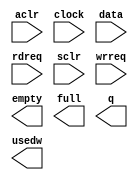
// This program was cloned from: https://github.com/sep-81/Digital-Logic-Design-Lab-Experiments
// License: MIT License

// megafunction wizard: %FIFO%VBB%
// GENERATION: STANDARD
// VERSION: WM1.0
// MODULE: scfifo 

// ============================================================
// Megafunction Name(s):
// 			scfifo
//
// Simulation Library Files(s):
// 			altera_mf
// ============================================================
// ************************************************************
// THIS IS A WIZARD-GENERATED FILE. DO NOT EDIT THIS FILE!
//
// 12.1 Build 177 11/07/2012 SJ Web Edition
// ************************************************************

//Copyright (C) 1991-2012 Altera Corporation
//Your use of Altera Corporation's design tools, logic functions 
//and other software and tools, and its AMPP partner logic 
//functions, and any output files from any of the foregoing 
//(including device programming or simulation files), and any 
//associated documentation or information are expressly subject 
//to the terms and conditions of the Altera Program License 
//Subscription Agreement, Altera MegaCore Function License 
//Agreement, or other applicable license agreement, including, 
//without limitation, that your use is for the sole purpose of 
//programming logic devices manufactured by Altera and sold by 
//Altera or its authorized distributors.  Please refer to the 
//applicable agreement for further details.

module fifoOut (
	aclr,
	clock,
	data,
	rdreq,
	sclr,
	wrreq,
	empty,
	full,
	q,
	usedw);

	input	  aclr;
	input	  clock;
	input	[17:0]  data;
	input	  rdreq;
	input	  sclr;
	input	  wrreq;
	output	  empty;
	output	  full;
	output	[17:0]  q;
	output	[3:0]  usedw;

endmodule

// ============================================================
// CNX file retrieval info
// ============================================================
// Retrieval info: PRIVATE: AlmostEmpty NUMERIC "0"
// Retrieval info: PRIVATE: AlmostEmptyThr NUMERIC "-1"
// Retrieval info: PRIVATE: AlmostFull NUMERIC "0"
// Retrieval info: PRIVATE: AlmostFullThr NUMERIC "-1"
// Retrieval info: PRIVATE: CLOCKS_ARE_SYNCHRONIZED NUMERIC "0"
// Retrieval info: PRIVATE: Clock NUMERIC "0"
// Retrieval info: PRIVATE: Depth NUMERIC "16"
// Retrieval info: PRIVATE: Empty NUMERIC "1"
// Retrieval info: PRIVATE: Full NUMERIC "1"
// Retrieval info: PRIVATE: INTENDED_DEVICE_FAMILY STRING "Cyclone II"
// Retrieval info: PRIVATE: LE_BasedFIFO NUMERIC "0"
// Retrieval info: PRIVATE: LegacyRREQ NUMERIC "1"
// Retrieval info: PRIVATE: MAX_DEPTH_BY_9 NUMERIC "0"
// Retrieval info: PRIVATE: OVERFLOW_CHECKING NUMERIC "0"
// Retrieval info: PRIVATE: Optimize NUMERIC "0"
// Retrieval info: PRIVATE: RAM_BLOCK_TYPE NUMERIC "0"
// Retrieval info: PRIVATE: SYNTH_WRAPPER_GEN_POSTFIX STRING "0"
// Retrieval info: PRIVATE: UNDERFLOW_CHECKING NUMERIC "0"
// Retrieval info: PRIVATE: UsedW NUMERIC "1"
// Retrieval info: PRIVATE: Width NUMERIC "18"
// Retrieval info: PRIVATE: dc_aclr NUMERIC "0"
// Retrieval info: PRIVATE: diff_widths NUMERIC "0"
// Retrieval info: PRIVATE: msb_usedw NUMERIC "0"
// Retrieval info: PRIVATE: output_width NUMERIC "18"
// Retrieval info: PRIVATE: rsEmpty NUMERIC "1"
// Retrieval info: PRIVATE: rsFull NUMERIC "0"
// Retrieval info: PRIVATE: rsUsedW NUMERIC "0"
// Retrieval info: PRIVATE: sc_aclr NUMERIC "1"
// Retrieval info: PRIVATE: sc_sclr NUMERIC "1"
// Retrieval info: PRIVATE: wsEmpty NUMERIC "0"
// Retrieval info: PRIVATE: wsFull NUMERIC "1"
// Retrieval info: PRIVATE: wsUsedW NUMERIC "0"
// Retrieval info: LIBRARY: altera_mf altera_mf.altera_mf_components.all
// Retrieval info: CONSTANT: ADD_RAM_OUTPUT_REGISTER STRING "OFF"
// Retrieval info: CONSTANT: INTENDED_DEVICE_FAMILY STRING "Cyclone II"
// Retrieval info: CONSTANT: LPM_NUMWORDS NUMERIC "16"
// Retrieval info: CONSTANT: LPM_SHOWAHEAD STRING "OFF"
// Retrieval info: CONSTANT: LPM_TYPE STRING "scfifo"
// Retrieval info: CONSTANT: LPM_WIDTH NUMERIC "18"
// Retrieval info: CONSTANT: LPM_WIDTHU NUMERIC "4"
// Retrieval info: CONSTANT: OVERFLOW_CHECKING STRING "ON"
// Retrieval info: CONSTANT: UNDERFLOW_CHECKING STRING "ON"
// Retrieval info: CONSTANT: USE_EAB STRING "ON"
// Retrieval info: USED_PORT: aclr 0 0 0 0 INPUT NODEFVAL "aclr"
// Retrieval info: USED_PORT: clock 0 0 0 0 INPUT NODEFVAL "clock"
// Retrieval info: USED_PORT: data 0 0 18 0 INPUT NODEFVAL "data[17..0]"
// Retrieval info: USED_PORT: empty 0 0 0 0 OUTPUT NODEFVAL "empty"
// Retrieval info: USED_PORT: full 0 0 0 0 OUTPUT NODEFVAL "full"
// Retrieval info: USED_PORT: q 0 0 18 0 OUTPUT NODEFVAL "q[17..0]"
// Retrieval info: USED_PORT: rdreq 0 0 0 0 INPUT NODEFVAL "rdreq"
// Retrieval info: USED_PORT: sclr 0 0 0 0 INPUT NODEFVAL "sclr"
// Retrieval info: USED_PORT: usedw 0 0 4 0 OUTPUT NODEFVAL "usedw[3..0]"
// Retrieval info: USED_PORT: wrreq 0 0 0 0 INPUT NODEFVAL "wrreq"
// Retrieval info: CONNECT: @aclr 0 0 0 0 aclr 0 0 0 0
// Retrieval info: CONNECT: @clock 0 0 0 0 clock 0 0 0 0
// Retrieval info: CONNECT: @data 0 0 18 0 data 0 0 18 0
// Retrieval info: CONNECT: @rdreq 0 0 0 0 rdreq 0 0 0 0
// Retrieval info: CONNECT: @sclr 0 0 0 0 sclr 0 0 0 0
// Retrieval info: CONNECT: @wrreq 0 0 0 0 wrreq 0 0 0 0
// Retrieval info: CONNECT: empty 0 0 0 0 @empty 0 0 0 0
// Retrieval info: CONNECT: full 0 0 0 0 @full 0 0 0 0
// Retrieval info: CONNECT: q 0 0 18 0 @q 0 0 18 0
// Retrieval info: CONNECT: usedw 0 0 4 0 @usedw 0 0 4 0
// Retrieval info: GEN_FILE: TYPE_NORMAL fifoOut.v TRUE
// Retrieval info: GEN_FILE: TYPE_NORMAL fifoOut.inc FALSE
// Retrieval info: GEN_FILE: TYPE_NORMAL fifoOut.cmp FALSE
// Retrieval info: GEN_FILE: TYPE_NORMAL fifoOut.bsf TRUE
// Retrieval info: GEN_FILE: TYPE_NORMAL fifoOut_inst.v TRUE
// Retrieval info: GEN_FILE: TYPE_NORMAL fifoOut_bb.v TRUE
// Retrieval info: LIB_FILE: altera_mf